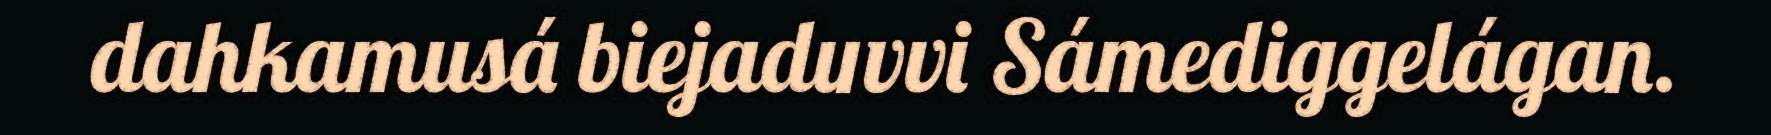
dahkamusá biejaduvvi Sámediggelágan.